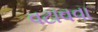
વટાવવા